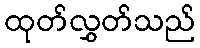
ထုတ်လွှတ်သည်